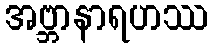
အဗ္ဘာနာရဟဿ